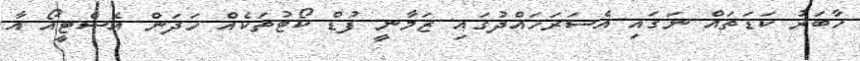
ހާބަރު ކަޑަތައް ނަގައި އެސަރަހައްދުގައި ޒަމާނީ ފުޑް ކޯޓުތަކެއް ހަދަން އެސްޓީއޯ އާ